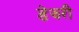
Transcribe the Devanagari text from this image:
डेझरी